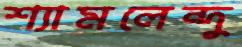
শ্যামলেন্দু